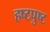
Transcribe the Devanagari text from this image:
हष्टपुष्ट